Annual report of lunatic asylums [Bombay] - 1912-1922
Year: 1912
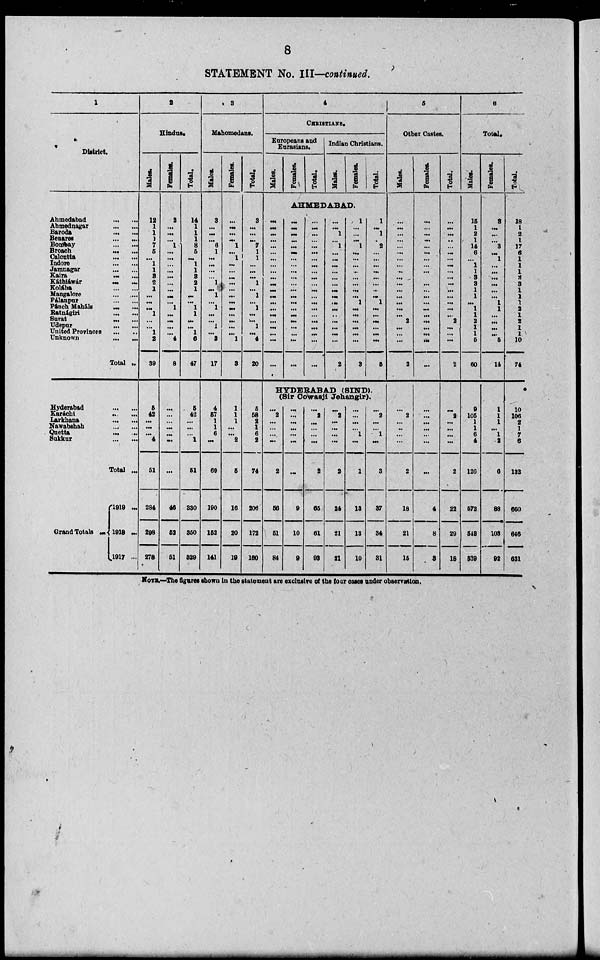
8
STATEMENT No. III—continued.
1
District.
Ahmedabad
...
...
Ahmednagar
...
...
Baroda ... ...
Benares
...
...
Bombay ... ...
Broach
...
..
Calcutta
...
...
Indore
...
...
Jamnagar
...
...
Kaira ... ...
Káthiáwár
...
...
Kolába
...
...
Mangalore ... ...
Pálanpur
...
...
Pánch Maháls ... ...
Ratnágiri
...
...
Surat
...
...
Udepur
...
...
United Provinces ... ...
Unknown
...
...
Total ..
Hyderabad
...
...
Karáchi
...
...
Larkhana ... ...
Nawabshah
...
...
Quetta ... ...
Sukkur
...
...
Total ...
Grand Totals ...
1919 ...
1918 ...
1917 ...
2
Hindus.
Males.
12
1
1
1
7
5
...
1
1
3
2
1
...
...
...
1
...
...
1
2
39
5
42
...
...
...
4
51
284
298
278
Females.
2
...
...
...
1
...
...
...
...
...
...
...
...
...
1
...
...
...
...
4
8
...
...
...
...
...
...
...
46
52
51
Total.
14
1
1
1
8
5
...
1
1
3
2
1
...
...
1
1
...
...
1
6
47
5
42
...
...
...
1
51
330
350
329
3
Mahomedans.
Males.
8
...
...
...
6
1
...
...
...
...
1
...
1
...
1
...
...
1
...
3
17
4
57
1
1
6
...
69
190
152
141
Females.
...
...
...
...
1
...
1
...
...
...
...
...
...
...
...
...
...
...
...
1
3
1
1
1
...
...
2
5
16
20
19
Total.
8
...
...
...
7
1
1
...
...
...
1
...
1
...
1
...
...
1
...
4
20
5
58
2
1
6
2
74
206
172
160
4
CHRISTIANS.
Europeans and
Eurasians.
Males.
...
...
...
...
...
...
...
...
...
...
...
...
...
...
...
...
...
...
...
...
...
Females.
Total.
Indian Christians.
Males.
Females.
AHMEDABAD.
...
...
...
...
...
...
...
...
...
...
...
...
...
...
...
...
...
...
...
...
...
...
...
...
...
...
...
...
...
...
...
...
...
...
...
...
...
...
...
...
...
...
...
...
1
...
1
...
...
...
...
...
...
...
...
...
...
...
...
...
...
...
2
1
...
...
...
1
...
...
...
...
...
...
...
...
1
...
...
...
...
...
...
3
Total.
1
...
1
...
2
...
...
...
...
...
...
...
...
1
...
...
...
...
...
...
5
HYDERABAD (SIND).
(Sir Cowasji Jehangir).
...
2
...
...
...
...
2
56
51
84
...
...
...
...
...
...
...
9
10
9
...
2
...
...
...
...
2
65
61
93
...
2
...
...
...
...
2
24
21
21
...
...
...
...
1
...
1
13
13
10
...
2
...
...
1
...
3
37
34
31
5
Other Castes.
Males.
...
...
...
...
...
...
...
...
...
...
...
...
...
...
...
...
2
...
...
...
2
...
2
...
...
...
...
2
18
21
15
Females.
...
...
...
...
...
...
...
...
...
...
...
...
...
...
...
...
...
...
...
...
...
...
...
...
...
...
...
...
4
8
3
Total.
...
...
...
...
...
...
...
...
...
...
...
...
...
...
...
...
2
...
...
...
2
...
2
...
...
...
...
2
22
29
18
6
Total.
Males.
15
1
2
1
14
6
...
1
1
3
3
1
1
...
1
1
2
1
1
5
60
9
105
1
1
6
4
126
572
543
539
Females.
3
...
...
...
3
...
1
...
...
...
...
...
...
1
1
...
...
...
...
5
14
1
1
1
...
1
2
6
88
103
92
Total.
18
1
2
1
17
6
1
1
1
3
3
1
1
1
2
1
2
1
1
10
74
10
106
2
1
7
6
132
660
646
631
NOTE.—The figures shown in the statement are exclusive of the four cases under observation.